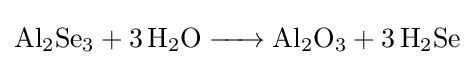
{\ce {Al2Se3 + 3 H2O -> Al2O3 + 3 H2Se}}